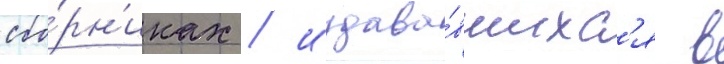
сбо́рн'иках / издава́вшихс'я в